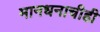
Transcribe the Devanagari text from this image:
मानधनाचीही